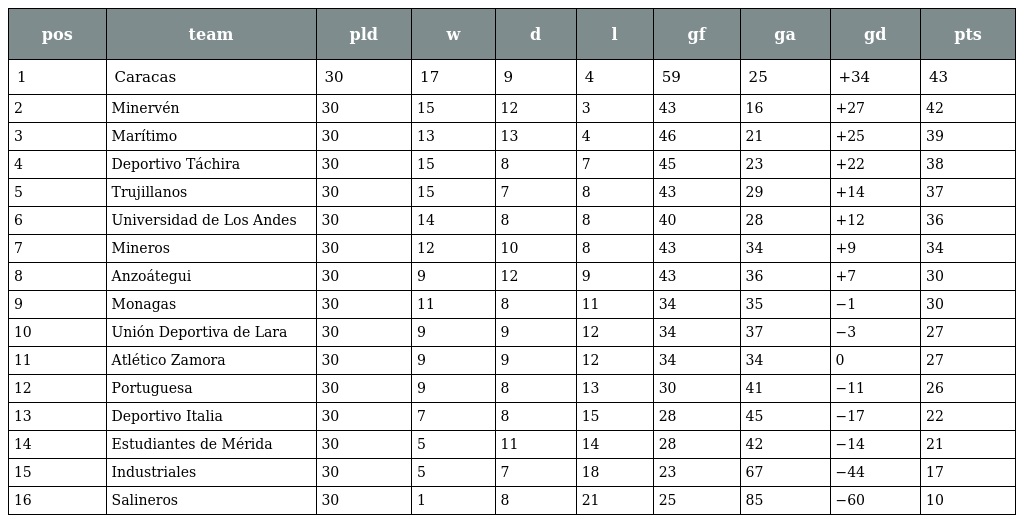
| pos | team | pld | w | d | l | gf | ga | gd | pts |
 | --- | --- | --- | --- | --- | --- | --- | --- | --- | --- |
 | 1 | Caracas | 30 | 17 | 9 | 4 | 59 | 25 | +34 | 43 |
 | 2 | Minervén | 30 | 15 | 12 | 3 | 43 | 16 | +27 | 42 |
 | 3 | Marítimo | 30 | 13 | 13 | 4 | 46 | 21 | +25 | 39 |
 | 4 | Deportivo Táchira | 30 | 15 | 8 | 7 | 45 | 23 | +22 | 38 |
 | 5 | Trujillanos | 30 | 15 | 7 | 8 | 43 | 29 | +14 | 37 |
 | 6 | Universidad de Los Andes | 30 | 14 | 8 | 8 | 40 | 28 | +12 | 36 |
 | 7 | Mineros | 30 | 12 | 10 | 8 | 43 | 34 | +9 | 34 |
 | 8 | Anzoátegui | 30 | 9 | 12 | 9 | 43 | 36 | +7 | 30 |
 | 9 | Monagas | 30 | 11 | 8 | 11 | 34 | 35 | −1 | 30 |
 | 10 | Unión Deportiva de Lara | 30 | 9 | 9 | 12 | 34 | 37 | −3 | 27 |
 | 11 | Atlético Zamora | 30 | 9 | 9 | 12 | 34 | 34 | 0 | 27 |
 | 12 | Portuguesa | 30 | 9 | 8 | 13 | 30 | 41 | −11 | 26 |
 | 13 | Deportivo Italia | 30 | 7 | 8 | 15 | 28 | 45 | −17 | 22 |
 | 14 | Estudiantes de Mérida | 30 | 5 | 11 | 14 | 28 | 42 | −14 | 21 |
 | 15 | Industriales | 30 | 5 | 7 | 18 | 23 | 67 | −44 | 17 |
 | 16 | Salineros | 30 | 1 | 8 | 21 | 25 | 85 | −60 | 10 |